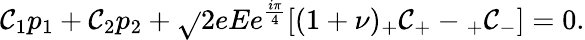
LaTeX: \mathcal{C}_{1}p_{1}+\mathcal{C}_{2}p_{2}+\sqrt{}{{2eE}}e^{\frac{{i\pi}}{{4}}}[(1+\nu){}_{+}\mathcal{C}_{+}-{}_{+}\mathcal{C}_{-}]=0.